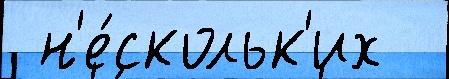
 н'е́скольк'их